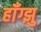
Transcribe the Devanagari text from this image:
हॉँग्झु